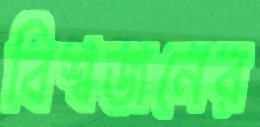
বিশ্বজনের